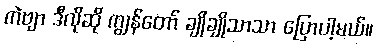
ကဲဗျာ ဒီလိုဆို ကျွန်တော် ချိုချိုသာသာ ပြောပါ့မယ်။